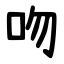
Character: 吻